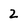
Character: 2